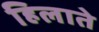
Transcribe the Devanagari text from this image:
हिलाते